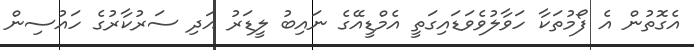
އެގޮތުން އެ ފޯމުތަކާ ހަވާލުވެވަޑައިގަތީ އެމްޑީއޭގެ ނައިބު ލީޑަރު އަދި ސަރުކާރުގެ ހައުސިން